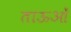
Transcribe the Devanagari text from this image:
ताऊओं